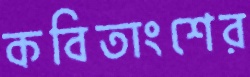
কবিতাংশের